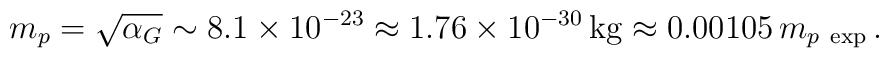
m_p = \sqrt{\alpha_G} \sim 8.1 \times 10^{-23} \approx 1.76 \times 10^{-30} \, \mathrm{kg} \approx 0.00105 \, m_{p\ \mathrm{exp}}\,.